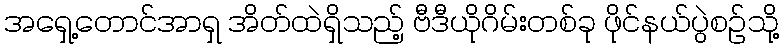
အရှေ့တောင်အာရှ အိတ်ထဲရှိသည့် ဗီဒီယိုဂိမ်းတစ်ခု ဖိုင်နယ်ပွဲစဉ်သို့